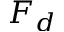
F _ { d }